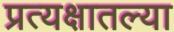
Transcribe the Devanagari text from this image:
प्रत्यक्षातल्या